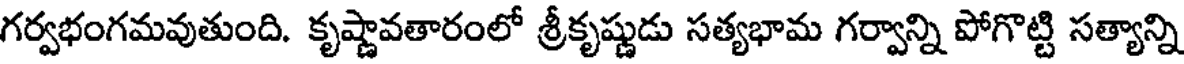
గర్వభంగమవుతుంది. కృష్ణావతారంలో శ్రీకృష్ణుడు సత్యభామ గర్వాన్ని పోగొట్టి సత్యాన్ని